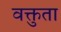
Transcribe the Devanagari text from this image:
वक्तुता